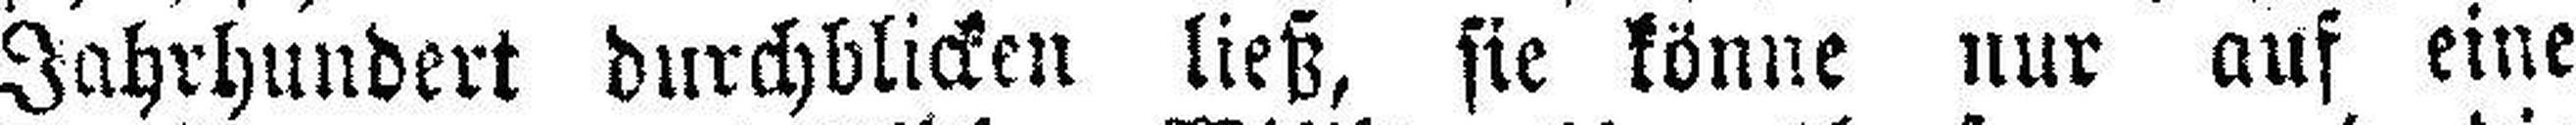
Jahrhundert durchblicken ließ, sie könne nur auf eine